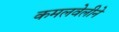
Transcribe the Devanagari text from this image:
कमलवेलीने